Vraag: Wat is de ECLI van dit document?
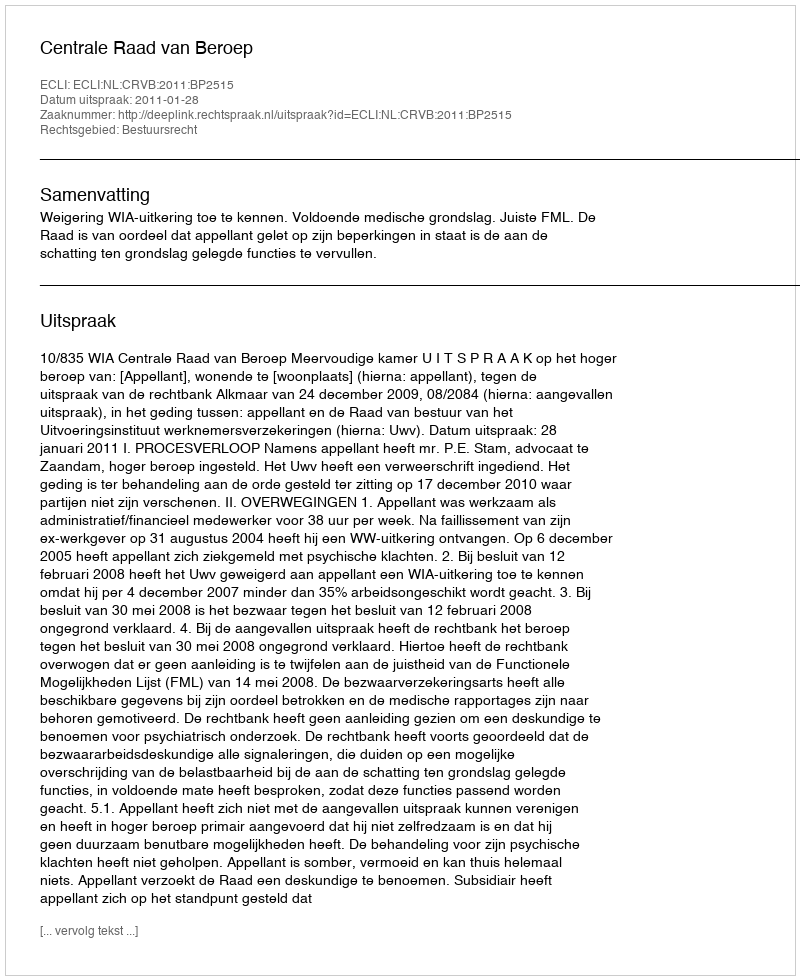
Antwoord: ECLI:NL:CRVB:2011:BP2515